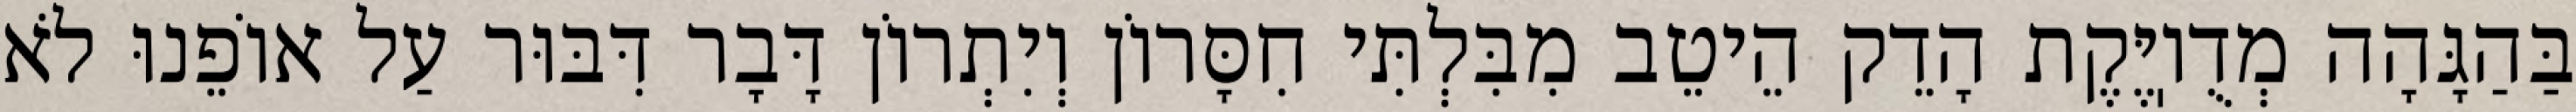
בַּהַגָּהָה מְדֻוֽיֶּקֶת הָדֵק הֵיטֵב מִבִּלְתִּי חִסָּרוֹן וְיִתְרוֹן דָּבָר דִּבּוּר עַל אוֹפֵנוּ לֹא